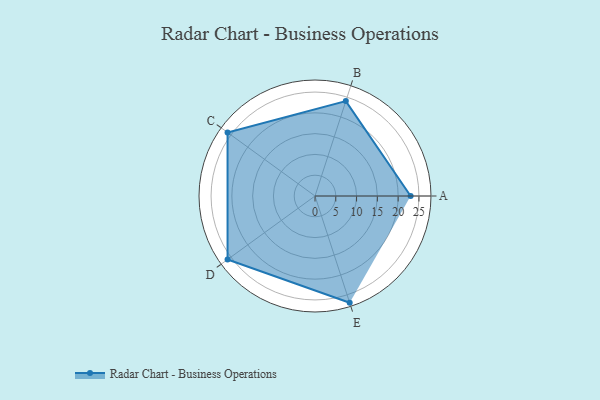
{"axis": {"x": "Skill", "y": "Score"}, "legend": ["Profile"], "data": [{"x": "A", "y": 23.0, "type": "Profile"}, {"x": "B", "y": 24.0, "type": "Profile"}, {"x": "C", "y": 26.0, "type": "Profile"}, {"x": "D", "y": 26.0, "type": "Profile"}, {"x": "E", "y": 27.0, "type": "Profile"}]}